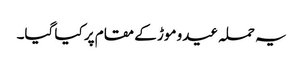
یہ حملہ عیدو موڑ کے مقام پر کیا گیا۔